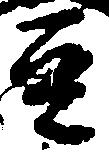
豆